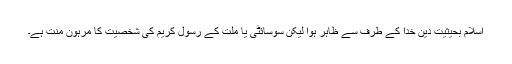
اسلام بحیثیت دین خدا کے طرف سے ظاہر ہوا لیکن سوسائٹی یا ملت کے رسول کریم کی شخصیت کا مرہون منت ہے۔